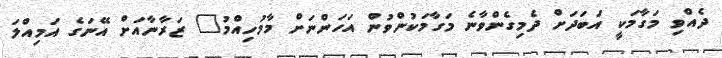
ދެއްވި މަގާމަކީ އަބަދަށް ދެމިގެންވާނެ މަގާމަކުންވުން އަހަންނަށް މާމުހިއްމު" ޒަރާނާއަށް އޭނަގެ އަމިއްލަ